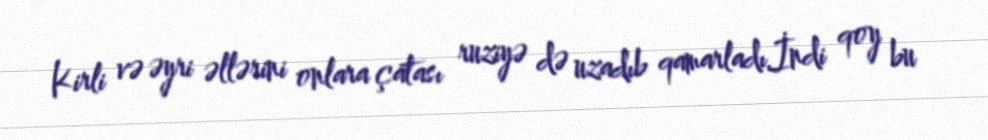
Kirli və əyri əllərini onlara çatası ruziyə də uzadıb qamarladı.İndi qoy bu